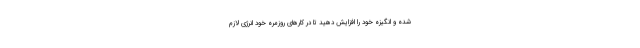
شده و انگیزه خود را افزایش دهید تا در کارهای روزمره خود انرژی لازم